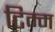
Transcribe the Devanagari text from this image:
टिम्म